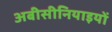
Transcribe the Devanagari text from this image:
अबीसीनियाइयों